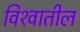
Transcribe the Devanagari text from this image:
विश्‍वातील